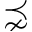
\precnsim